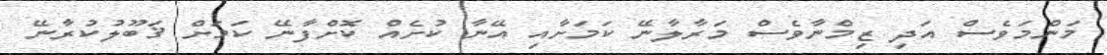
މަންމަވެސް އަދި ޒިމްނާވެސް މަރާލާނޭ ކަމަށާއި އޭނާ ކުށެއް ކޮށްފާނޭ ކަމަށް ޤަބޫލުކުރާނޭ